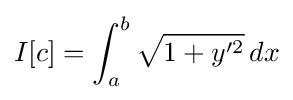
I[c]=\int _{a}^{b}{\sqrt {1+y'^{2}}}\,dx